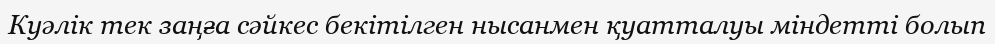
Куәлік тек заңға сәйкес бекітілген нысанмен қуатталуы міндетті болып